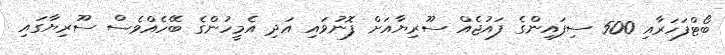
ބޯޓްފަހަރާއި 500 ސިފައިންގެ ފައުޖެއް ސޫރިޔާއަށް ފޮނުވައި އަދި އެމީހުންގެ ބޭހެއްވެސް ސޫރިޔާގައި